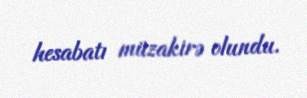
hesabatı müzakirə olundu.